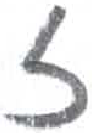
אות: ז